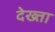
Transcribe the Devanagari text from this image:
देख्ता